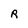
Character: R